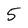
Character: 5